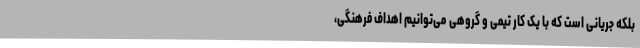
بلکه جریانی است که با یک کار تیمی و گروهی می‌توانیم اهداف فرهنگی،